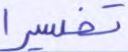
تفسيرا